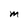
Character: M